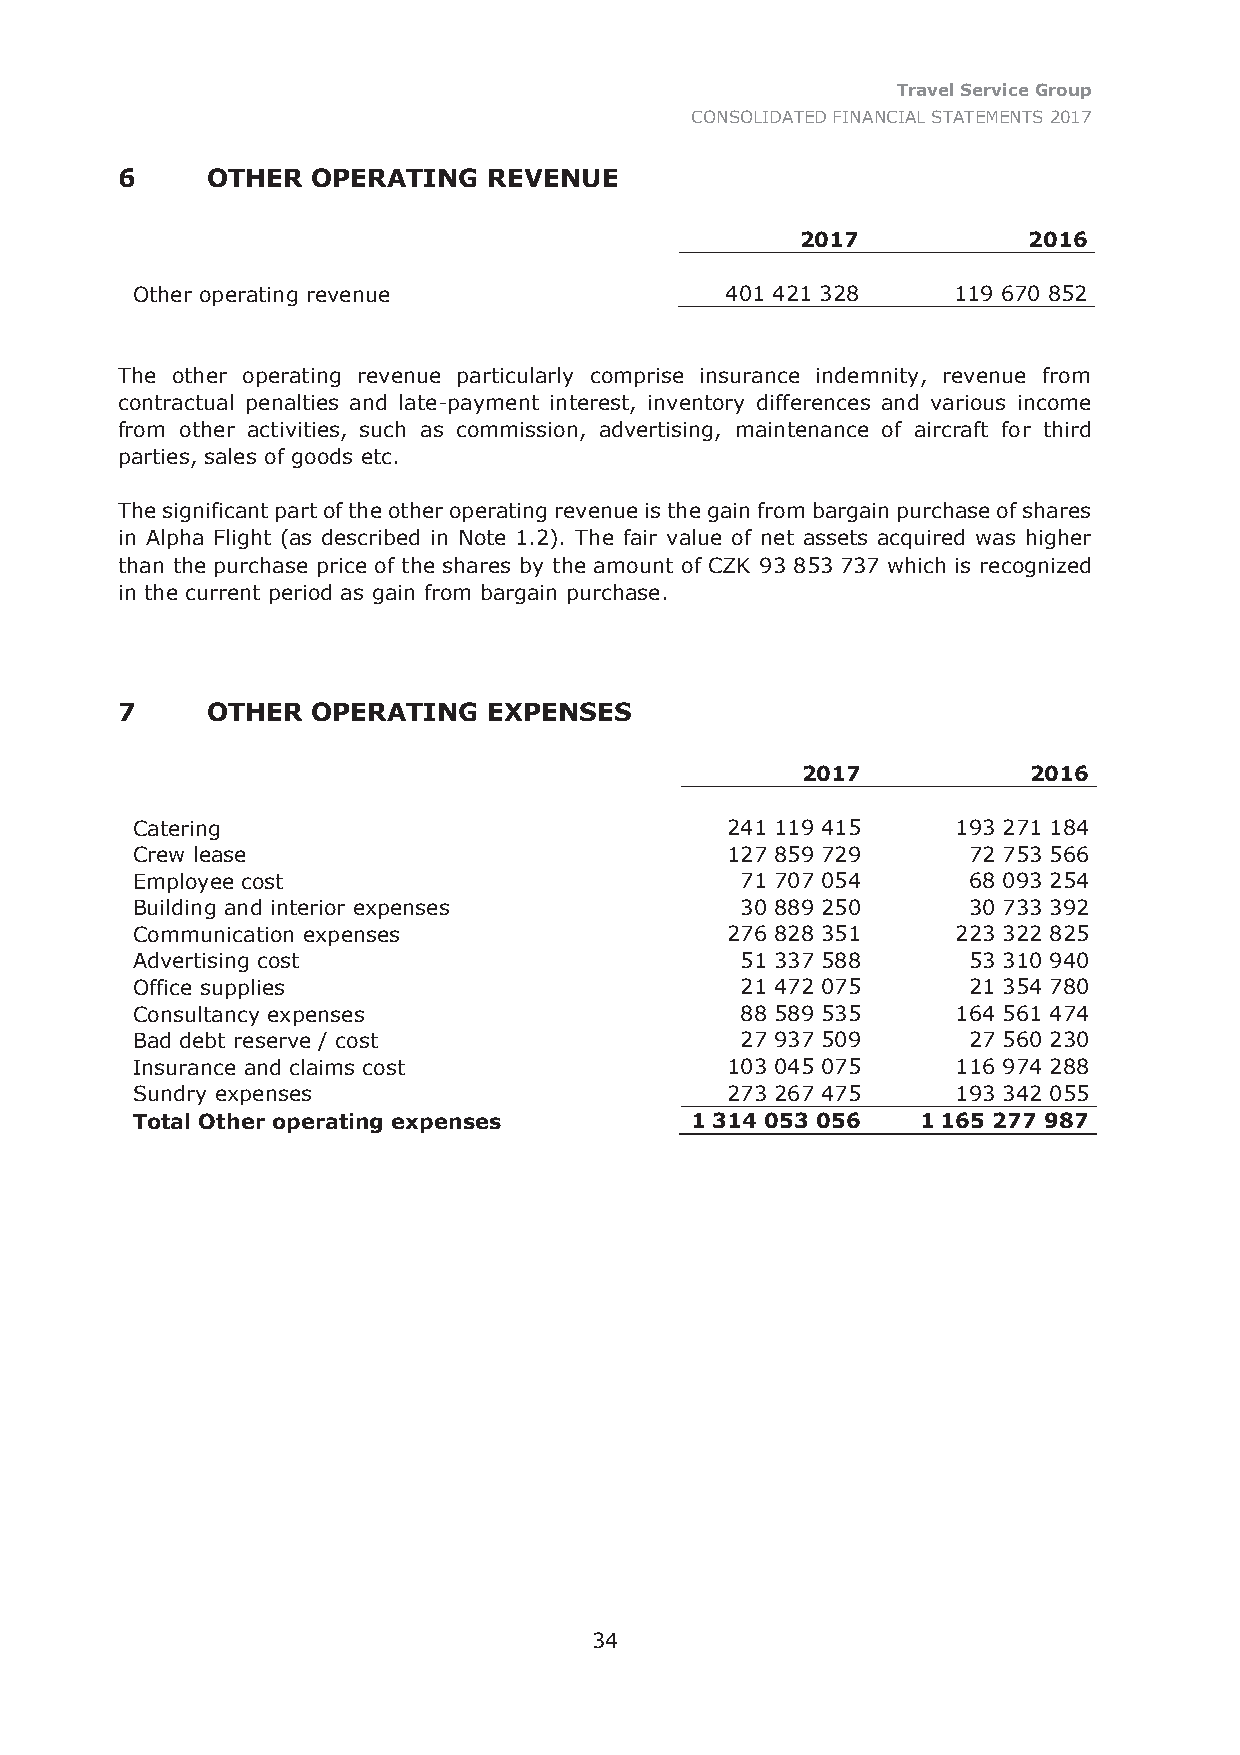
Travel Service Group
 CONSOLIDATED FINANCIAL STATEMENTS 2017
 6     OTHER  OPERATING  REVENUE
 2017           2016
 Other operating revenue                401 421 328    119 670 852
 The other operating revenue particularly comprise insurance indemnity, revenue from
 contractual penalties and late-payment interest, inventory differences and various income
 from other activities, such as commission, advertising, maintenance of aircraft for third
 parties, sales of goods etc.
 The significant part of the other operating revenue is the gain from bargain purchase of shares
 in Alpha Flight (as described in Note 1.2). The fair value of net assets acquired was higher
 than the purchase price of the shares by the amount of CZK 93 853 737 which is recognized
 in the current period as gain from bargain purchase.
 7     OTHER  OPERATING  EXPENSES
 2017           2016
 Catering                               241 119 415    193 271 184
 Crew lease                             127 859 729     72 753 566
 Employee cost                           71 707 054     68 093 254
 Building and interior expenses          30 889 250     30 733 392
 Communication expenses                 276 828 351    223 322 825
 Advertising cost                        51 337 588     53 310 940
 Office supplies                         21 472 075     21 354 780
 Consultancy expenses                    88 589 535    164 561 474
 Bad debt reserve / cost                 27 937 509     27 560 230
 Insurance and claims cost              103 045 075    116 974 288
 Sundry expenses                        273 267 475    193 342 055
 Total Other operating expenses       1 314 053 056  1 165 277 987
 34